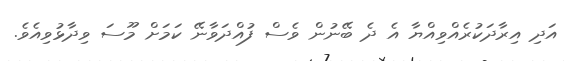
އަދި އިރާދަކުރެއްވިއްޔާ އެ ދެ ބޭނުން ވެސް ފުއްދަވާނޭ ކަމަށް މޫސަ ވިދާޅުވިއެވެ.